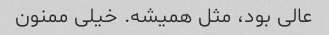
عالی بود، مثل همیشه. خیلی ممنون